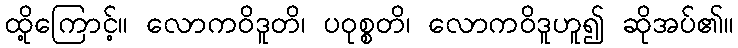
ထို့ကြောင့်။ လောကဝိဒူတိ၊ ပဝုစ္စတိ၊ လောကဝိဒူဟူ၍ ဆိုအပ်၏။